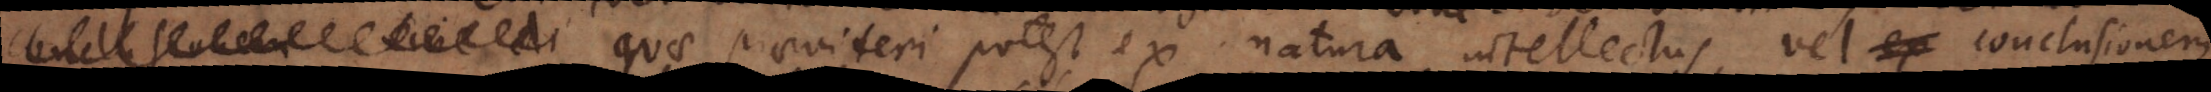
conclusionem sine di quae praevideri potest ex natura intellectus, vel conclusionem